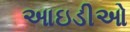
આઇડીઓ